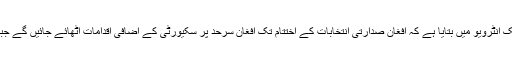
میڈیا رپورٹ کے مطابق ترجمان پاک فوج میجر جنرل عاصم باجوہ نے ایک انٹرویو میں بتایا ہے کہ افغان صدارتی انتخابات کے اختتام تک افغان سرحد پر سکیورٹی کے اضافی اقدامات اٹھائے جائیں گے جبکہ 2640 کلومیٹر سرحد پر اضافی سکیورٹی اہلکار بھی تعینات ہوں گے۔